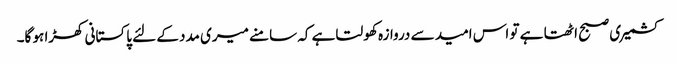
کشمیری صبح اٹھتا ہے تو اس امید سے دروازہ کھولتا ہے کہ سامنے میری مدد کے لئے پاکستانی کھڑا ہو گا۔